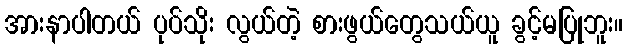
အားနာပါတယ် ပုပ်သိုး လွယ်တဲ့ စားဖွယ်တွေသယ်ယူ ခွင့်မပြုဘူး။